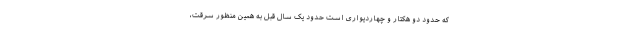
که حدود دو هکتار و چهاردیواری است حدود یک سال قبل به همین منظور سرقت،